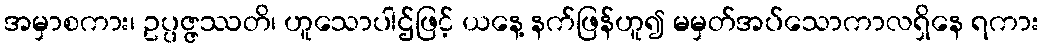
အမှာစကား၊ ဥပ္ပဇ္ဇဿတိ၊ ဟူသောပါဌ်ဖြင့် ယနေ့ နက်ဖြန်ဟူ၍ မမှတ်အပ်သောကာလရှိနေ ရကား